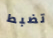
تضبط